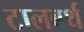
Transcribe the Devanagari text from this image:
टालबर्थ